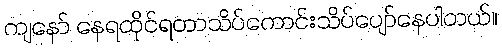
ကျနော် နေရထိုင်ရတာသိပ်ကောင်းသိပ်ပျော်နေပါတယ်။